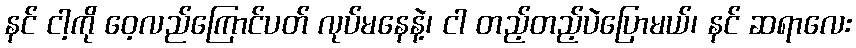
နင် ငါ့ကို ဝေ့လည်ကြောင်ပတ် လုပ်မနေနဲ့၊ ငါ တည့်တည့်ပဲပြောမယ်၊ နင် ဆရာလေး